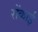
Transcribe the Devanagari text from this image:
रोंकाई